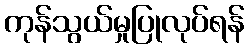
ကုန်သွယ်မှုပြုလုပ်ရန်